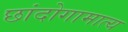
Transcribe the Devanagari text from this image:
छांदोगामात्य